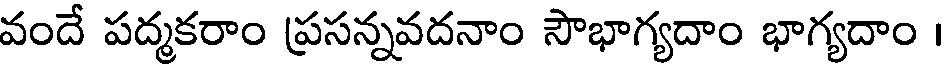
వందే పద్మకరాం ప్రసన్నవదనాం సౌభాగ్యదాం భాగ్యదాం ।